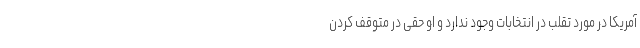
آمریکا در مورد تقلب در انتخابات وجود ندارد و او حقی در متوقف کردن